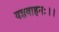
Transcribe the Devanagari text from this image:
यज्ञवाहनः।।